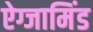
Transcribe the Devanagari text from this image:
ऐग्जामिंड